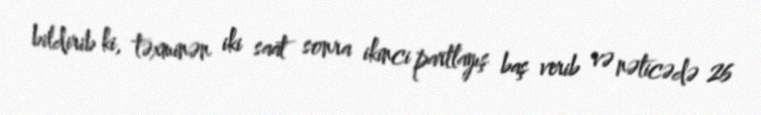
bildirib ki, təxminən iki saat sonra ikinci partlayış baş verib və nəticədə 26